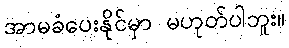
အာမခံပေးနိုင်မှာ မဟုတ်ပါဘူး။